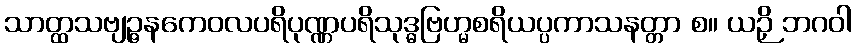
သာတ္ထသဗျဉ္ဇနကေဝလပရိပုဏ္ဏပရိသုဒ္ဓဗြဟ္မစရိယပ္ပကာသနတ္တာ စ။ ယဉှိ ဘဂဝါ